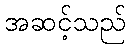
အဆင့်သည်